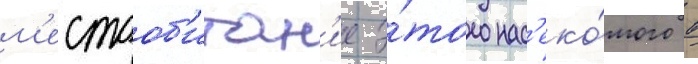
м'естооб'итан'ие э́того нас'еко́мого в